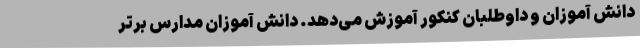
دانش آموزان و داوطلبان کنکور آموزش می‌دهد. دانش آموزان مدارس برتر